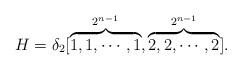
LaTeX: \begin{align*} H=\delta_{2}[\overbrace{1,1,\cdots,1}^{2^{n-1}},\overbrace{2,2,\cdots,2}^{2^{n-1}}].\end{align*}